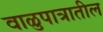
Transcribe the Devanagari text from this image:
वाळुपात्रातील